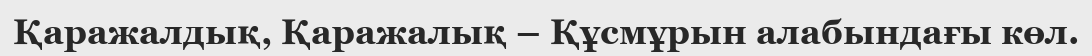
Қаражалдық, Қаражалық – Құсмұрын алабындағы көл.